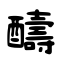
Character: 醻